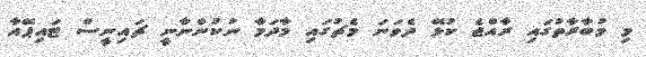
މި މުބާރާތުގައި ރާއްޖެ ކުޅޭ ދެވަނަ މެޗުގައި މާދަމާ ނުކުންނާނީ ޗައިނީސް ޓައިޕޭއާ